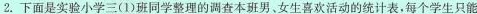
2.下面是实验小学三(1)班同学整理的调查本班男、女生喜欢活动的统计表，每个学生只能